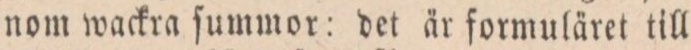
nom wackra ſummor: det är formuläret till